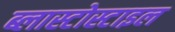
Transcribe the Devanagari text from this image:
ब्लास्टोस्टाइल